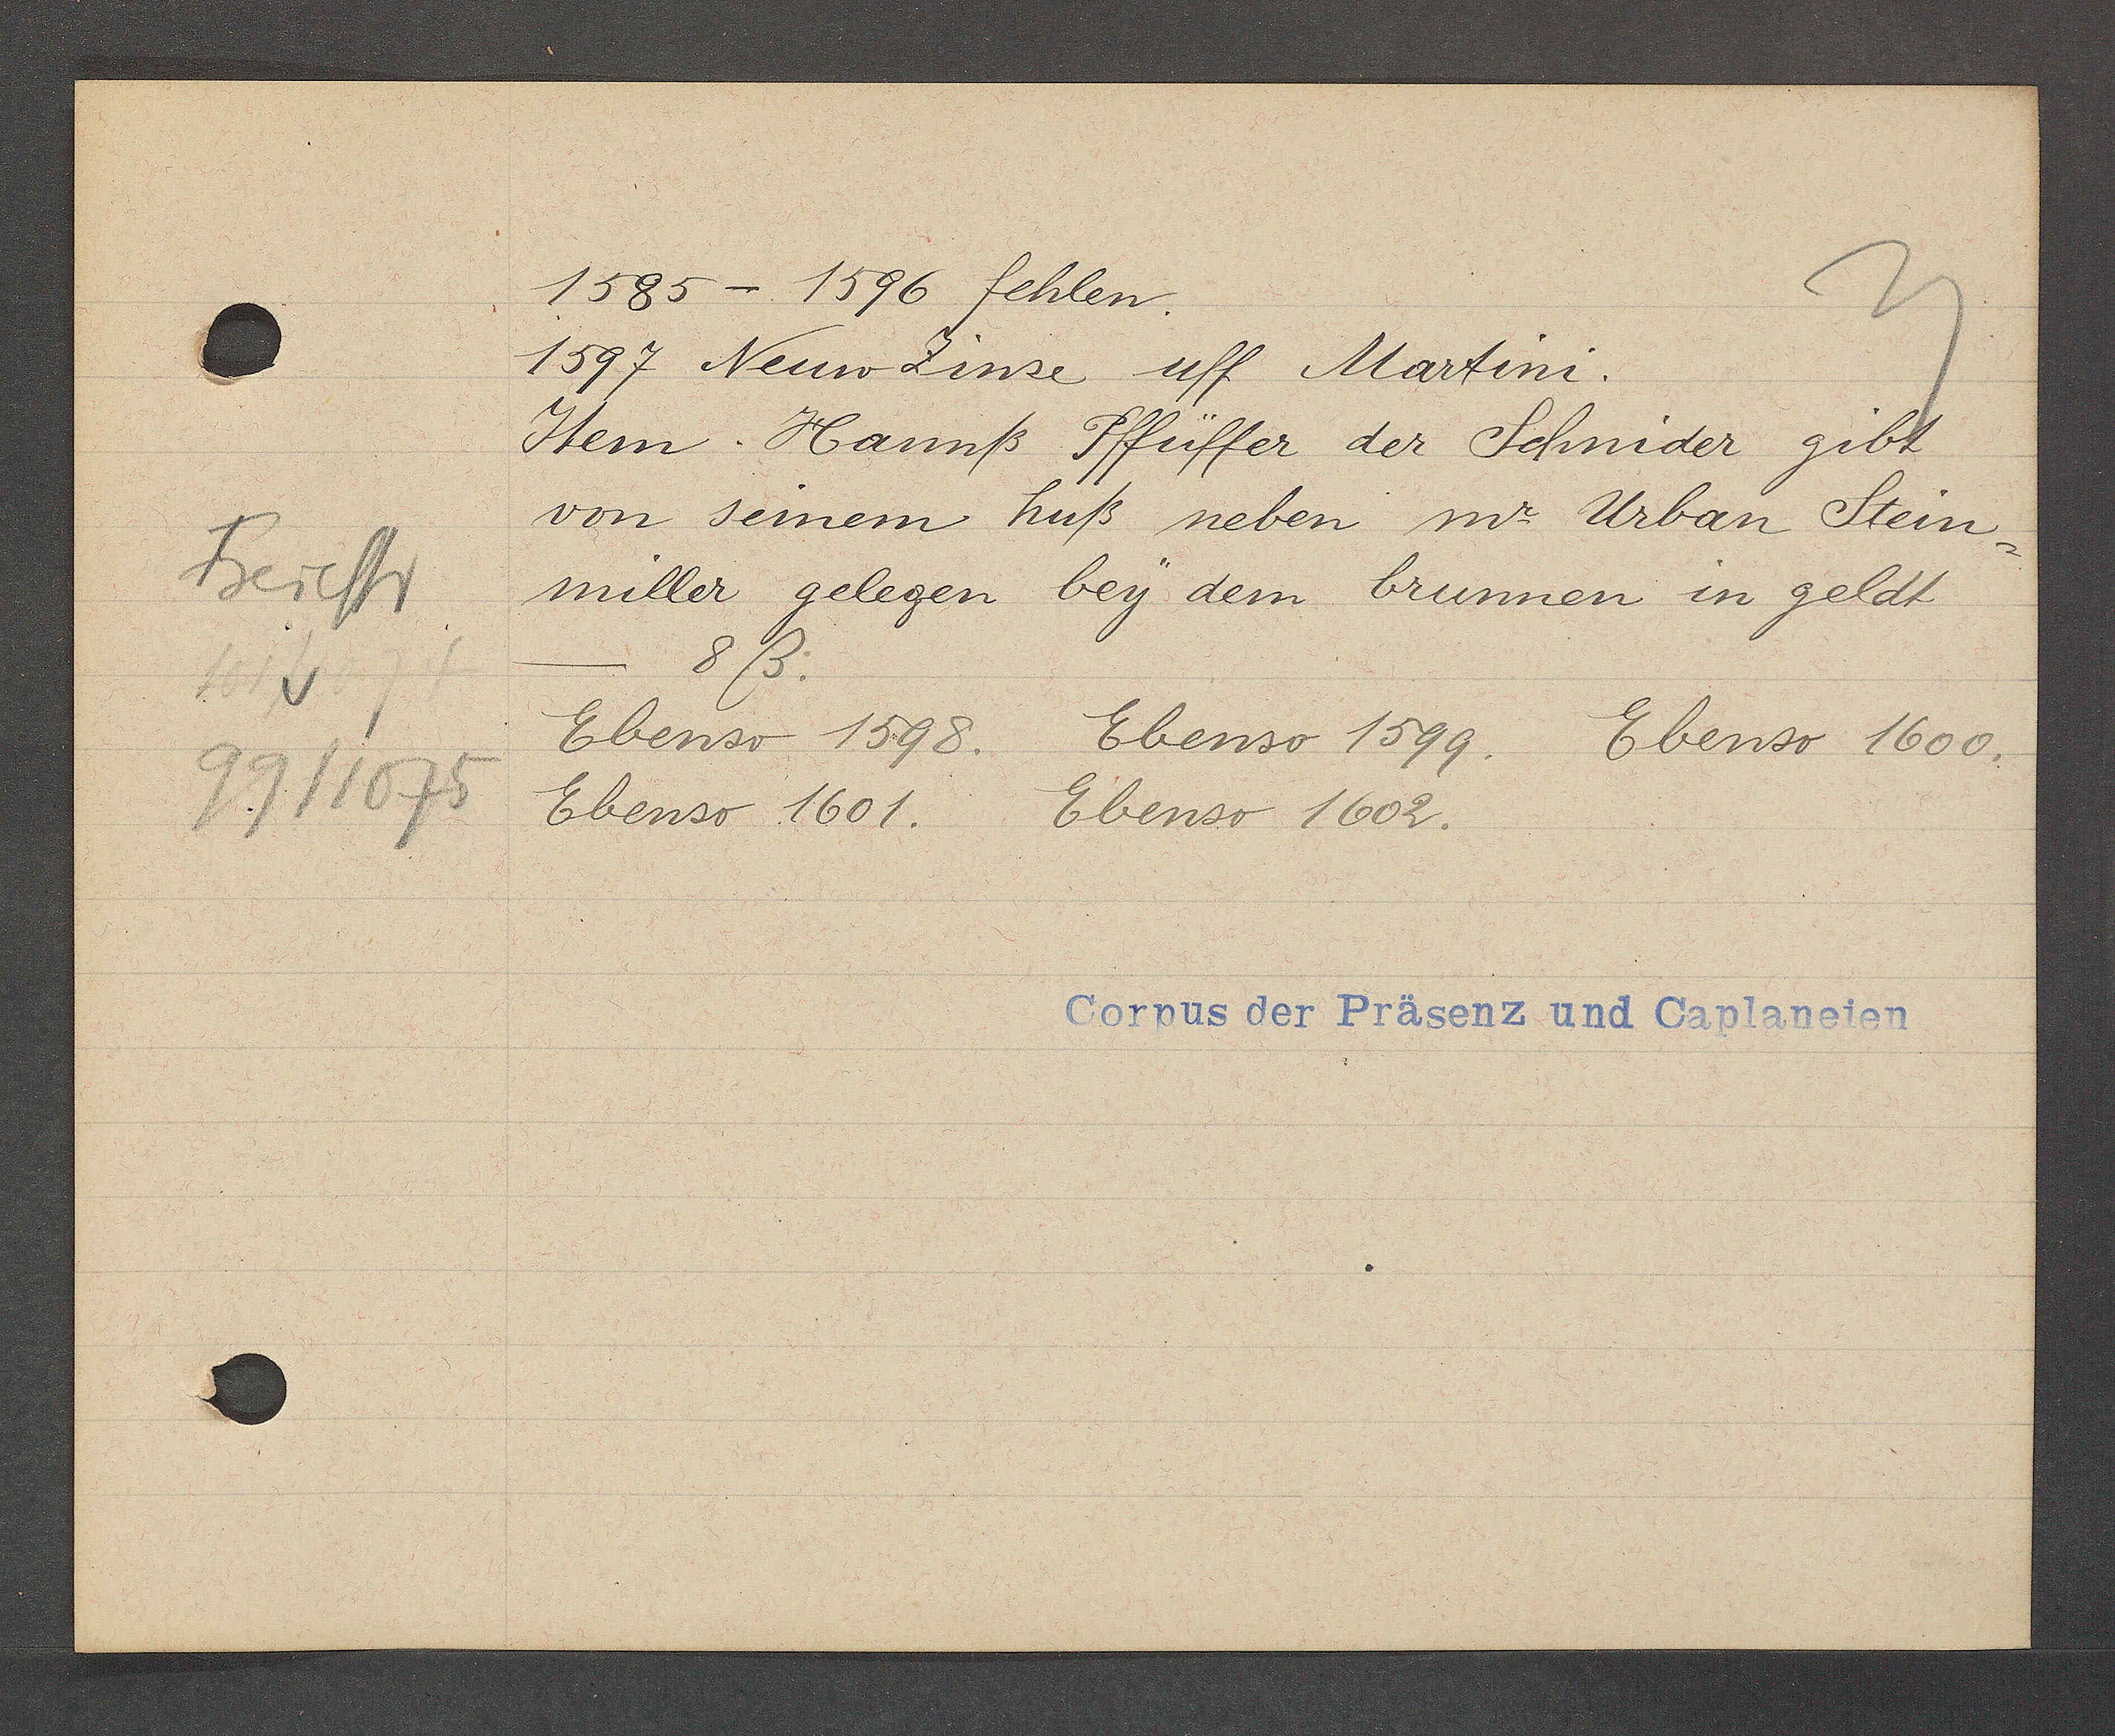
Transcript:
Freiestr
V
99/1075

1585 - 1596 fehlen.

1597 Neuw Zinse uff Martini.
Item Hannß Pffüffer der Schnider gibt
von seinem huß neben mr Urban Stein-
miller gelegen bey dem brunnen in geldt
8ß.
Ebenso 1598.
Ebenso 1599. Ebenso 1600.
Ebenso 1601.
Ebenso 1602.

Corpus der Präsenz und Caplaneien